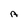
Character: A